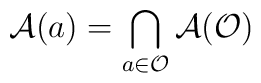
\mathcal{A}(a)=\bigcap_{a\in \mathcal{O}}\mathcal{A}(\mathcal{O})